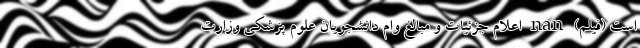
است (فیلم) nan اعلام جزئیات و مبالغ وام دانشجویان علوم پزشکی وزارت